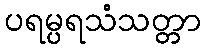
ပရမ္ပရသံသတ္တာ